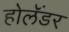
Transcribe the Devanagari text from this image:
होलॅंडर